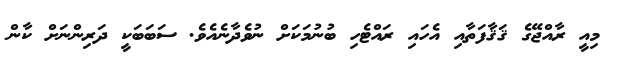
މިއީ ރާއްޖޭގެ ޤަޤާފަތާއި އެހައި ރައްޓެހި ބުނުމަކަށް ނުވެދާނެއެވެ. ސަބަބަކީ ދަރިންނަށް ކާން